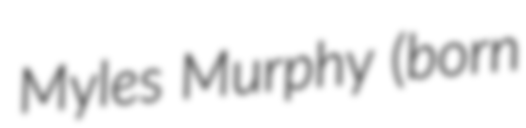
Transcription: Myles Murphy (born